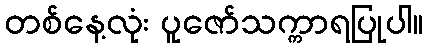
တစ်နေ့လုံး ပူဇော်သက္ကာရပြုပါ။